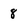
Character: 8